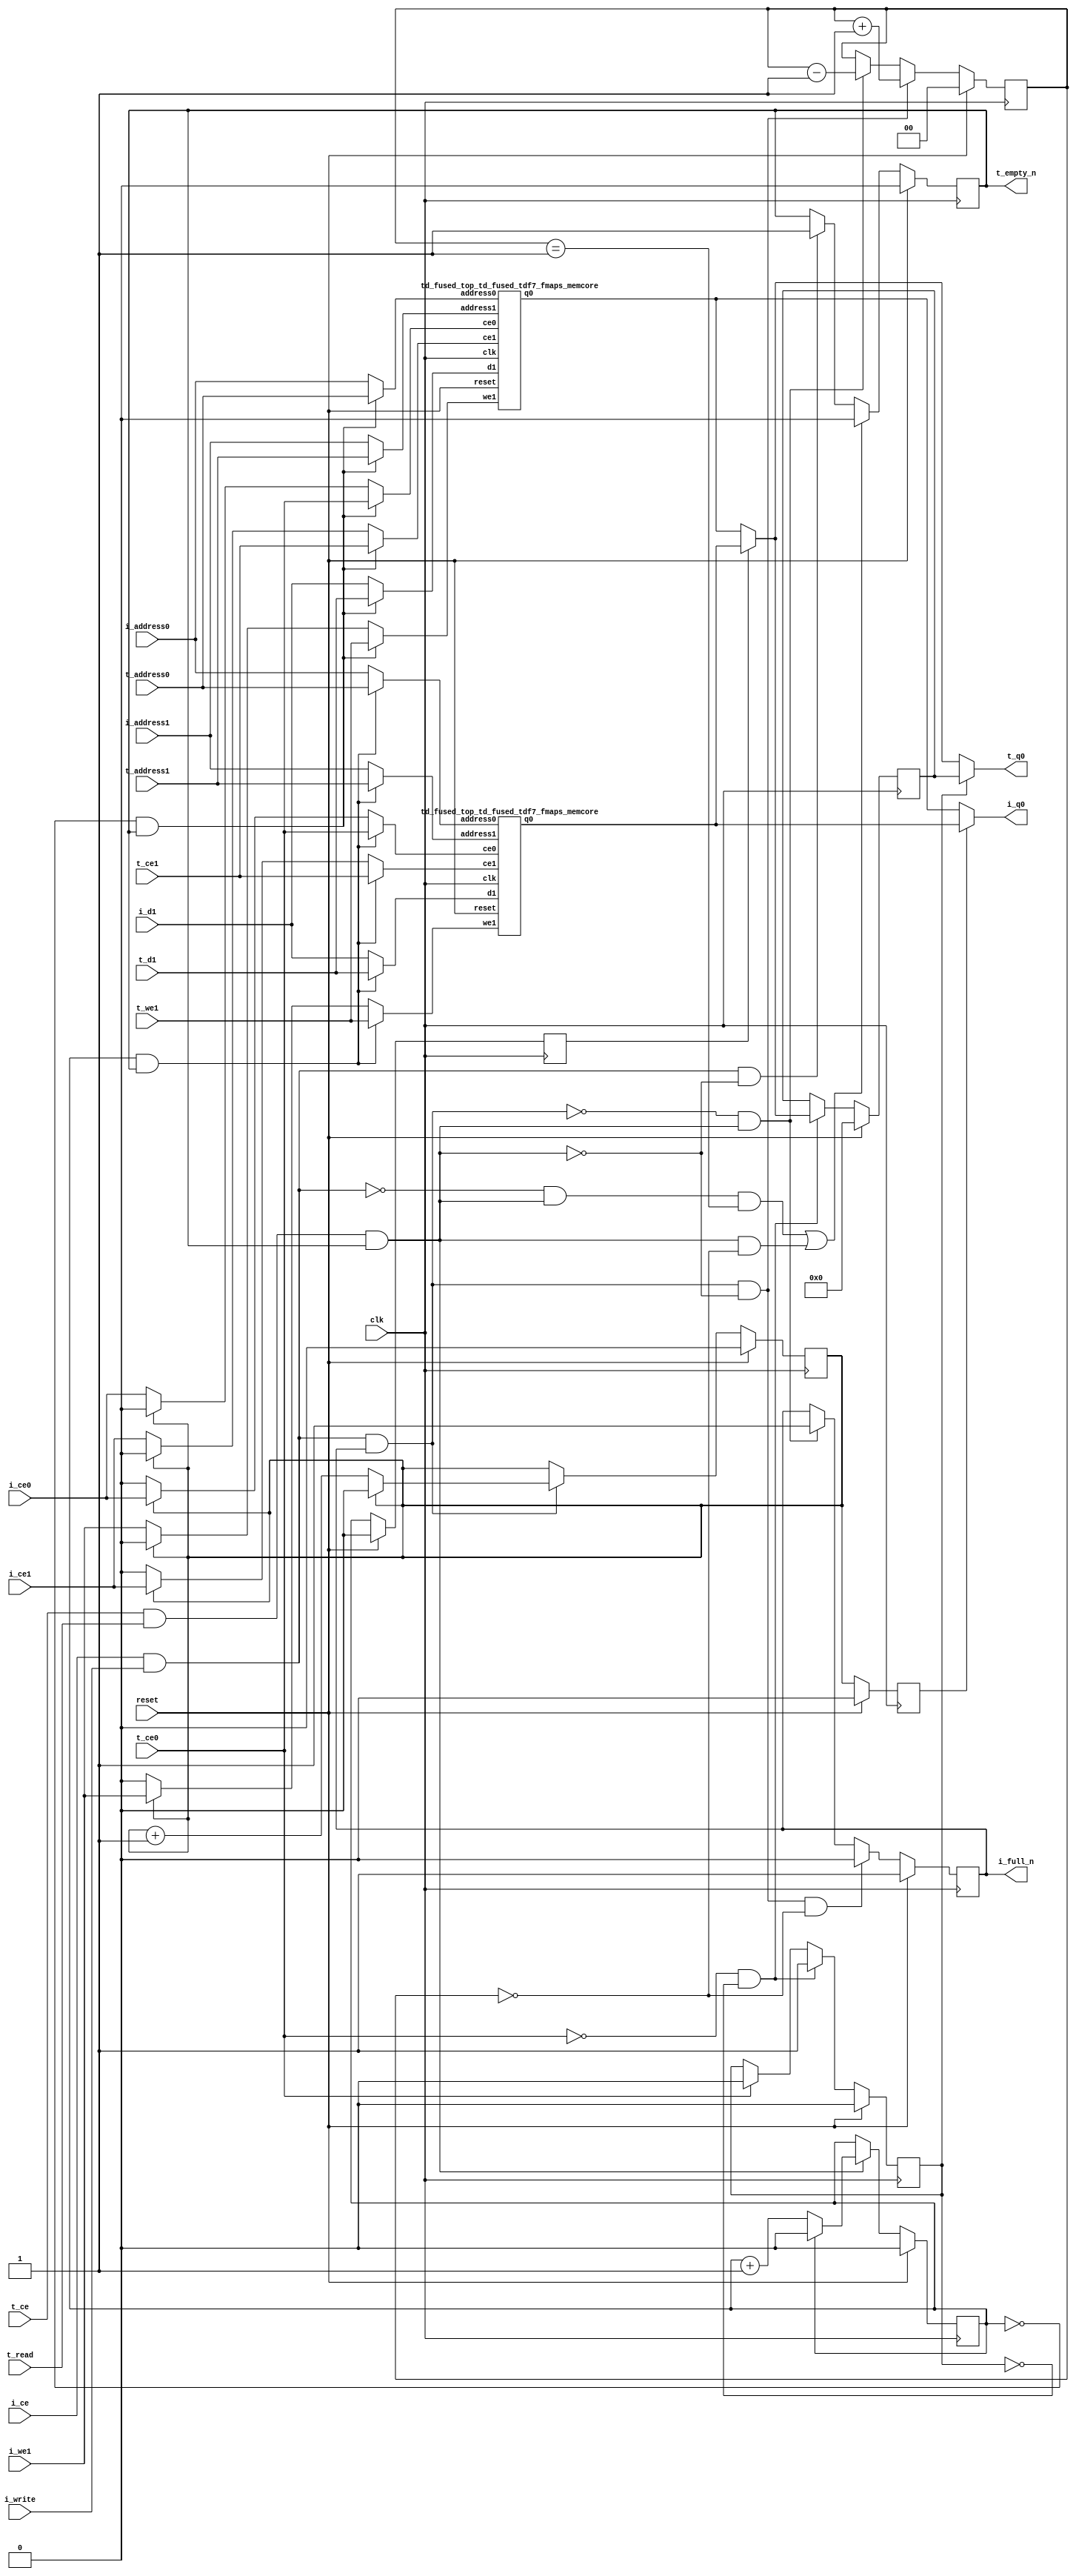
`define EXPONENT 5
`define MANTISSA 10
`define ACTUAL_MANTISSA 11
`define EXPONENT_LSB 10
`define EXPONENT_MSB 14
`define MANTISSA_LSB 0
`define MANTISSA_MSB 9
`define MANTISSA_MUL_SPLIT_LSB 3
`define MANTISSA_MUL_SPLIT_MSB 9
`define SIGN 1
`define SIGN_LOC 15
`define DWIDTH (`SIGN+`EXPONENT+`MANTISSA)
`define IEEE_COMPLIANCE 1

module td_fused_top_td_fused_tdf7_fmaps
#(parameter
    DataWidth    = 64,
    AddressRange = 32,
    AddressWidth = 13,
    BufferCount  = 2,
    MemLatency   = 1,
    IndexWidth   = 1
) (
    // system signals
    input  wire                    clk,
    input  wire                    reset,
    // initiator
    input  wire                    i_ce,
    input  wire                    i_write,
    output wire                    i_full_n,
    input  wire                    i_ce0,
    input  wire [AddressWidth-1:0] i_address0,
    output wire [DataWidth-1:0]    i_q0,
    input  wire                    i_ce1,
    input  wire                    i_we1,
    input  wire [AddressWidth-1:0] i_address1,
    input  wire [DataWidth-1:0]    i_d1,
    // target
    input  wire                    t_ce,
    input  wire                    t_read,
    output wire                    t_empty_n,
    input  wire                    t_ce0,
    input  wire [AddressWidth-1:0] t_address0,
    output wire [DataWidth-1:0]    t_q0,
    input  wire                    t_ce1,
    input  wire                    t_we1,
    input  wire [AddressWidth-1:0] t_address1,
    input  wire [DataWidth-1:0]    t_d1
);
//------------------------Local signal-------------------
// control/status
reg  [IndexWidth-1:0]   iptr    = 1'b0; // initiator index
reg  [IndexWidth-1:0]   tptr    = 1'b0; // target index
reg  [IndexWidth-1:0]   prev_iptr    = 1'b0; // previous initiator index
reg  [IndexWidth-1:0]   prev_tptr    = 1'b0; // previous target index
reg  [DataWidth-1:0]    reg_q0      = 1'b0; // buffer used if reader is stalled
reg                     reg_valid0    = 1'b0; // buffer has valid data
reg  [DataWidth-1:0]    reg_q1      = 1'b0; // buffer used if reader is stalled
reg                     reg_valid1    = 1'b0; // buffer has valid data
reg  [IndexWidth:0]     count   = 1'b0; // count of written buffers
reg                     full_n  = 1'b1; // whether all buffers are written
reg                     empty_n = 1'b0; // whether none of the buffers is written
wire                    push_buf;       // finish writing a buffer
wire                    write_buf;      // write a buffer
wire                    pop_buf;        // finish reading a buffer
// buffer signals
wire [BufferCount-1:0] buf_ce0;
wire [AddressWidth-1:0] buf_a0_0, buf_a0_1;
wire [DataWidth-1:0] buf_q0_0, buf_q0_1;
wire [BufferCount-1:0] buf_ce1;
wire [BufferCount-1:0] buf_we1;
wire [AddressWidth-1:0] buf_a1_0, buf_a1_1;
wire [DataWidth-1:0] buf_d1_0, buf_d1_1;
//------------------------Instantiation------------------
//genvar i;
        td_fused_top_td_fused_tdf7_fmaps_memcore td_fused_top_td_fused_tdf7_fmaps_memcore_U_0 (
            .reset    ( reset ),
            .clk      ( clk ),
            .address0 ( buf_a0_0 ),
            .ce0      ( buf_ce0[ 0 ] ),
            .q0       ( buf_q0_0 ),
            .address1 ( buf_a1_0 ),
            .ce1      ( buf_ce1[ 0 ] ),
            .we1      ( buf_we1[ 0 ] ),
            .d1       ( buf_d1_0 )
        );
        td_fused_top_td_fused_tdf7_fmaps_memcore td_fused_top_td_fused_tdf7_fmaps_memcore_U_1 (
            .reset    ( reset ),
            .clk      ( clk ),
            .address0 ( buf_a0_1 ),
            .ce0      ( buf_ce0[ 1 ] ),
            .q0       ( buf_q0_1 ),
            .address1 ( buf_a1_1 ),
            .ce1      ( buf_ce1[ 1 ] ),
            .we1      ( buf_we1[ 1 ] ),
            .d1       ( buf_d1_1 )
        );

//++++++++++++++++++++++++buffer signals+++++++++++++++++
        assign buf_ce0[ 0 ] = (tptr ==  0  && empty_n) ? t_ce0
                             : (iptr ==  0 ) ? i_ce0 : 1'b0;
        assign buf_a0_0  = (tptr ==  0  && empty_n) ?  t_address0 : i_address0;
        assign buf_ce1[ 0 ] = (tptr ==  0  && empty_n) ? t_ce1
                             : (iptr ==  0 ) ? i_ce1 : 1'b0;
        assign buf_a1_0  = (tptr ==  0  && empty_n) ?  t_address1 : i_address1;
        assign buf_we1[ 0 ] = (tptr ==  0  && empty_n)  ? t_we1
                             : (iptr ==  0 ) ? i_we1 : 1'b0;
        assign buf_d1_0  = (tptr ==  0  && empty_n) ? t_d1       : i_d1;
        assign buf_ce0[ 1 ] = (tptr ==  1  && empty_n) ? t_ce0
                             : (iptr ==  1 ) ? i_ce0 : 1'b0;
        assign buf_a0_1  = (tptr ==  1  && empty_n) ?  t_address0 : i_address0;
        assign buf_ce1[ 1 ] = (tptr ==  1  && empty_n) ? t_ce1
                             : (iptr ==  1 ) ? i_ce1 : 1'b0;
        assign buf_a1_1  = (tptr ==  1  && empty_n) ?  t_address1 : i_address1;
        assign buf_we1[ 1 ] = (tptr ==  1  && empty_n)  ? t_we1
                             : (iptr ==  1 ) ? i_we1 : 1'b0;
        assign buf_d1_1  = (tptr ==  1  && empty_n) ? t_d1       : i_d1;
//+++++++++++++++++++++++++++++++++++++++++++++++++++++++

//------------------------Body---------------------------
assign i_q0      = (prev_iptr == 1'b1 ? buf_q0_1 : buf_q0_0);
assign t_q0      = reg_valid0 ? reg_q0 : (prev_tptr == 1'b1 ? buf_q0_1 : buf_q0_0);

//++++++++++++++++++++++++output+++++++++++++++++++++++++
assign i_full_n  = full_n;
assign t_empty_n = empty_n;
//+++++++++++++++++++++++++++++++++++++++++++++++++++++++

//++++++++++++++++++++++++control/status+++++++++++++++++
assign push_buf = i_ce & i_write & full_n;
assign write_buf = i_ce & i_write;
assign pop_buf  = t_ce & t_read & empty_n;

// iptr
always @(posedge clk) begin
    if (reset == 1'b1)
        iptr <= 1'b0;
    else if (push_buf) begin
        if (iptr == BufferCount - 1'b1)
            iptr <= 1'b0;
        else
            iptr <= iptr + 1'b1;
    end
end

// tptr
always @(posedge clk) begin
    if (reset == 1'b1)
        tptr <= 1'b0;
    else if (pop_buf) begin
        if (tptr == BufferCount - 1'b1)
            tptr <= 1'b0;
        else
            tptr <= tptr + 1'b1;
    end
end

// prev_iptr
always @(posedge clk) begin
    if (reset == 1'b1)
        prev_iptr <= 1'b0;
    else begin
        prev_iptr <= iptr;
    end
end

// prev_tptr
always @(posedge clk) begin
    if (reset == 1'b1)
        prev_tptr <= 1'b0;
    else begin
        prev_tptr <= tptr;
    end
end

// reg_q0 and reg_valid0
always @(posedge clk) begin
    if (reset == 1'b1) begin
        reg_q0     <= 1'b0;
        reg_valid0 <= 1'b0;
    end else if (!t_ce0 && !reg_valid0) begin
        reg_q0     <= (prev_tptr == 1'b1 ? buf_q0_1 : buf_q0_0);
        reg_valid0 <= 1'b1;
    end else if (t_ce0) begin
        reg_valid0 <= 1'b0;
    end
end

// count
always @(posedge clk) begin
    if (reset == 1'b1)
        count <= 1'b0;
    else if (push_buf && !pop_buf)
        count <= count + 1'b1;
    else if (!push_buf && pop_buf)
        count <= count - 1'b1;
end

// full_n
always @(posedge clk) begin
    if (reset == 1'b1)
        full_n <= 1'b1;
    else if (push_buf && !pop_buf && count == BufferCount - 2'd2)
        full_n <= 1'b0;
    else if (!push_buf && pop_buf)
        full_n <= 1'b1;
end

// empty_n
always @(posedge clk) begin
    if (reset == 1'b1)
        empty_n <= 1'b0;
    else if ((!write_buf && pop_buf && count == 1'b1)
             || (pop_buf && count == 1'b0))
        empty_n <= 1'b0;
    else if (write_buf && !pop_buf)
        empty_n <= 1'b1;
end
//+++++++++++++++++++++++++++++++++++++++++++++++++++++++

endmodule
module td_fused_top_td_fused_tdf7_fmaps_memcore(
    reset,
    clk,
    address0,
    ce0,
    q0,
    address1,
    ce1,
    we1,
    d1);

parameter DataWidth = 32'd64;
parameter AddressRange = 32'd6272;
parameter AddressWidth = 32'd13;
input reset;
input clk;
input[AddressWidth - 1:0] address0;
input ce0;
output[DataWidth - 1:0] q0;
input[AddressWidth - 1:0] address1;
input ce1;
input we1;
input[DataWidth - 1:0] d1;



td_fused_top_td_fused_tdf7_fmaps_memcore_ram td_fused_top_td_fused_tdf7_fmaps_memcore_ram_U(
    .clk( clk ),
    .addr0( address0 ),
    .ce0( ce0 ),
    .q0( q0 ),
    .addr1( address1 ),
    .ce1( ce1 ),
    .we1( we1 ),
    .d1( d1 )
);

endmodule
module td_fused_top_td_fused_tdf7_fmaps_memcore_ram (addr0, ce0, q0, addr1, ce1, d1, we1,  clk);

parameter DWIDTH = 64;
parameter AWIDTH = 13;
parameter MEM_SIZE = 6272;

input[AWIDTH-1:0] addr0;
input ce0;
output reg[DWIDTH-1:0] q0;
input[AWIDTH-1:0] addr1;
input ce1;
input[DWIDTH-1:0] d1;
input we1;
input clk;

 reg [DWIDTH-1:0] ram[MEM_SIZE-1:0];




always @(posedge clk)  
begin 
    if (ce0) begin
        q0 <= ram[addr0];
    end
end


always @(posedge clk)  
begin 
    if (ce1) begin
        if (we1) 
            ram[addr1] <= d1; 
    end
end


endmodule